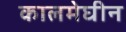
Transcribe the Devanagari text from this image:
कालमेघीन